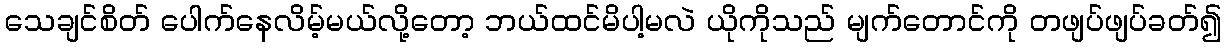
သေချင်စိတ် ပေါက်နေလိမ့်မယ်လို့တော့ ဘယ်ထင်မိပါ့မလဲ ယိုကိုသည် မျက်တောင်ကို တဖျပ်ဖျပ်ခတ်၍